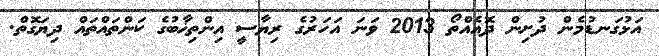
އަޅުގަނޑުމެން ދުށިން ދޮއެއްތޯ 2013 ވަނަ އަހަރުގެ ރިޔާސީ އިންތިޚާބުގެ ކަންތައްތައް ދިޔަގޮތް.